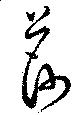
莎